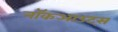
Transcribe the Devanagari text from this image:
नॉकआउट्स